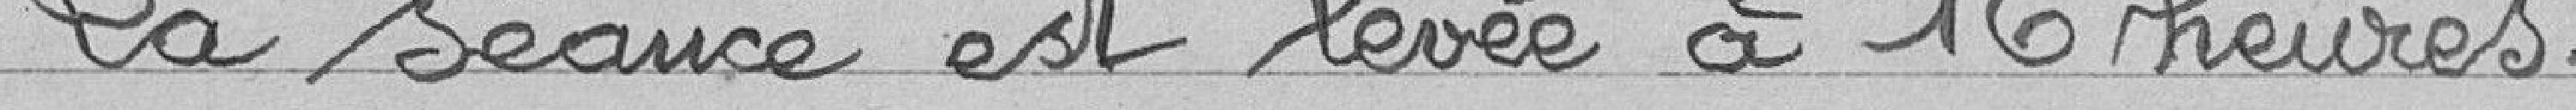
La séance est levée à 16 heures.